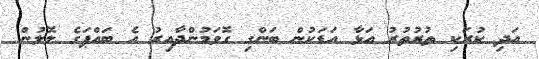
އަދި ކުރަކި ތުރުތުރު އަޅާ އަޑަކުން ބަންގި ގޮވަމުންދާއިރު އެ ބައްޕަގެ ލޮލުން